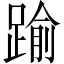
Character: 踰